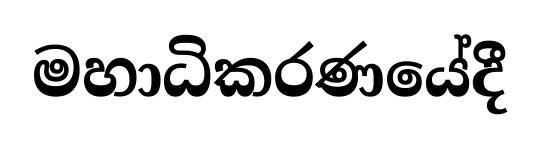
මහාධිකරණයේදී